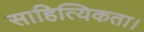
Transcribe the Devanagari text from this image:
साहित्यिकता।